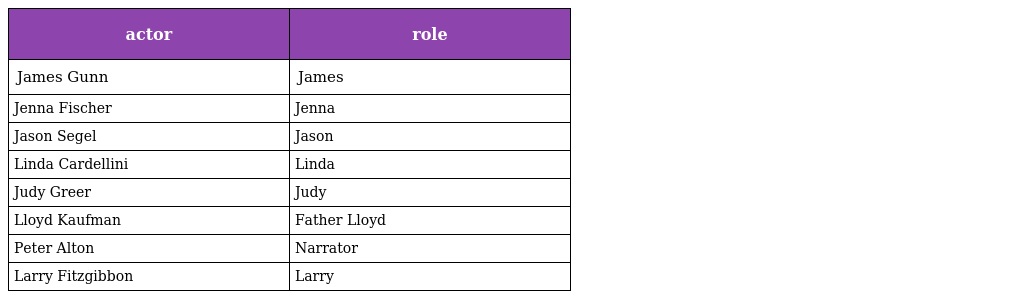
| actor | role |
 | --- | --- |
 | James Gunn | James |
 | Jenna Fischer | Jenna |
 | Jason Segel | Jason |
 | Linda Cardellini | Linda |
 | Judy Greer | Judy |
 | Lloyd Kaufman | Father Lloyd |
 | Peter Alton | Narrator |
 | Larry Fitzgibbon | Larry |